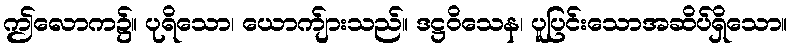
ဤလောက၌။ ပုရိသော၊ ယောက်ျားသည်။ ဒဋ္ဌဝိသေန၊ ပူပြင်းသောအဆိပ်ရှိသော။